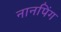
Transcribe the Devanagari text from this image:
नानपिंग